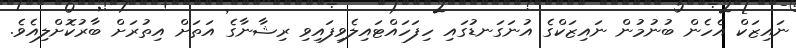
ނައިޒަކް އެހެން ބުނުމުން ނައިޒަކްގެ އުނަގަނޑުގައި ހިފަހައްޓައިލެވިފައިވި ރިޝާނާގެ އަތަށް އިތުރަށް ބާރުކޮށްލިއެވެ.